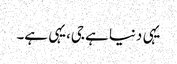
یہی دنیا ہے جی،یہی ہے۔